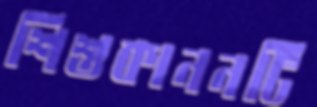
শিশুকাননটি